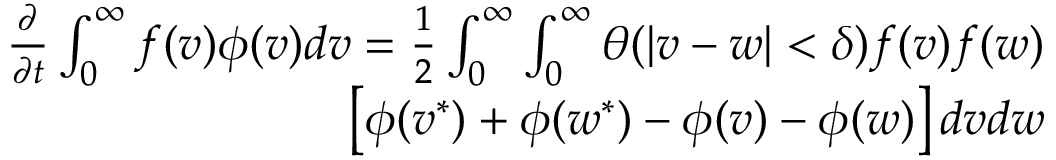
\begin{array} { r } { \begin{array} { r } { \frac { \partial } { \partial t } \int _ { 0 } ^ { \infty } f ( v ) \phi ( v ) d v = \frac { 1 } { 2 } \int _ { 0 } ^ { \infty } \int _ { 0 } ^ { \infty } \theta ( | v - w | < \delta ) f ( v ) f ( w ) } \\ { \left[ \phi ( v ^ { * } ) + \phi ( w ^ { * } ) - \phi ( v ) - \phi ( w ) \right] d v d w } \end{array} } \end{array}